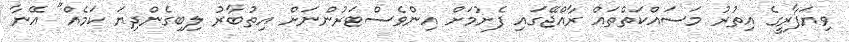
ވިޔަފާރީގެ އިތުރު މަސައްކަތްތައް ރާއްޖޭގައި ފެށުމަށް އިންވެސްޓަރުންނަށް އިތުބާރު ލިބިގެންދިޔަ ކަމެއް" އޭނާ